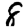
Digit: 8